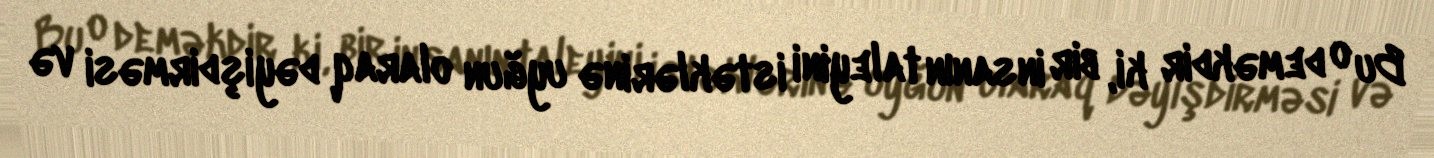
Bu o deməkdir ki, bir insanın taleyini istəklərinə uyğun olaraq dəyişdirməsi və